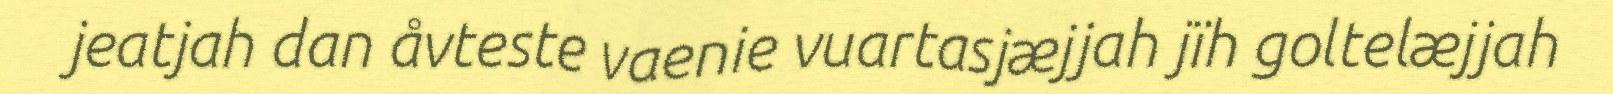
jeatjah dan åvteste vaenie vuartasjæjjah jïh goltelæjjah